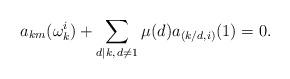
LaTeX: \begin{align*}a_{km}(\omega_k^i) + \sum_{d \mid k,\, d \neq 1}\mu(d) a_{(k/d,i)}(1) =0.\end{align*}